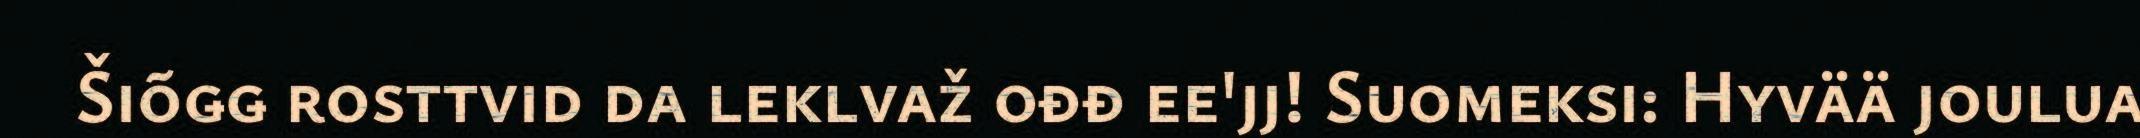
Šiõǥǥ rosttvid da leklvaž ođđ ee'jj! Suomeksi: Hyvää joulua